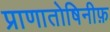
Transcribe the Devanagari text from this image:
प्राणातोषिनीफ़